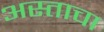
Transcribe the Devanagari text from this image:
अस्ताचा